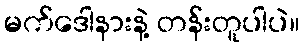
မက်ဒေါနားနဲ့ တန်းတူပါပဲ။